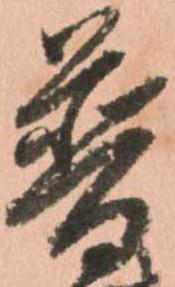
普